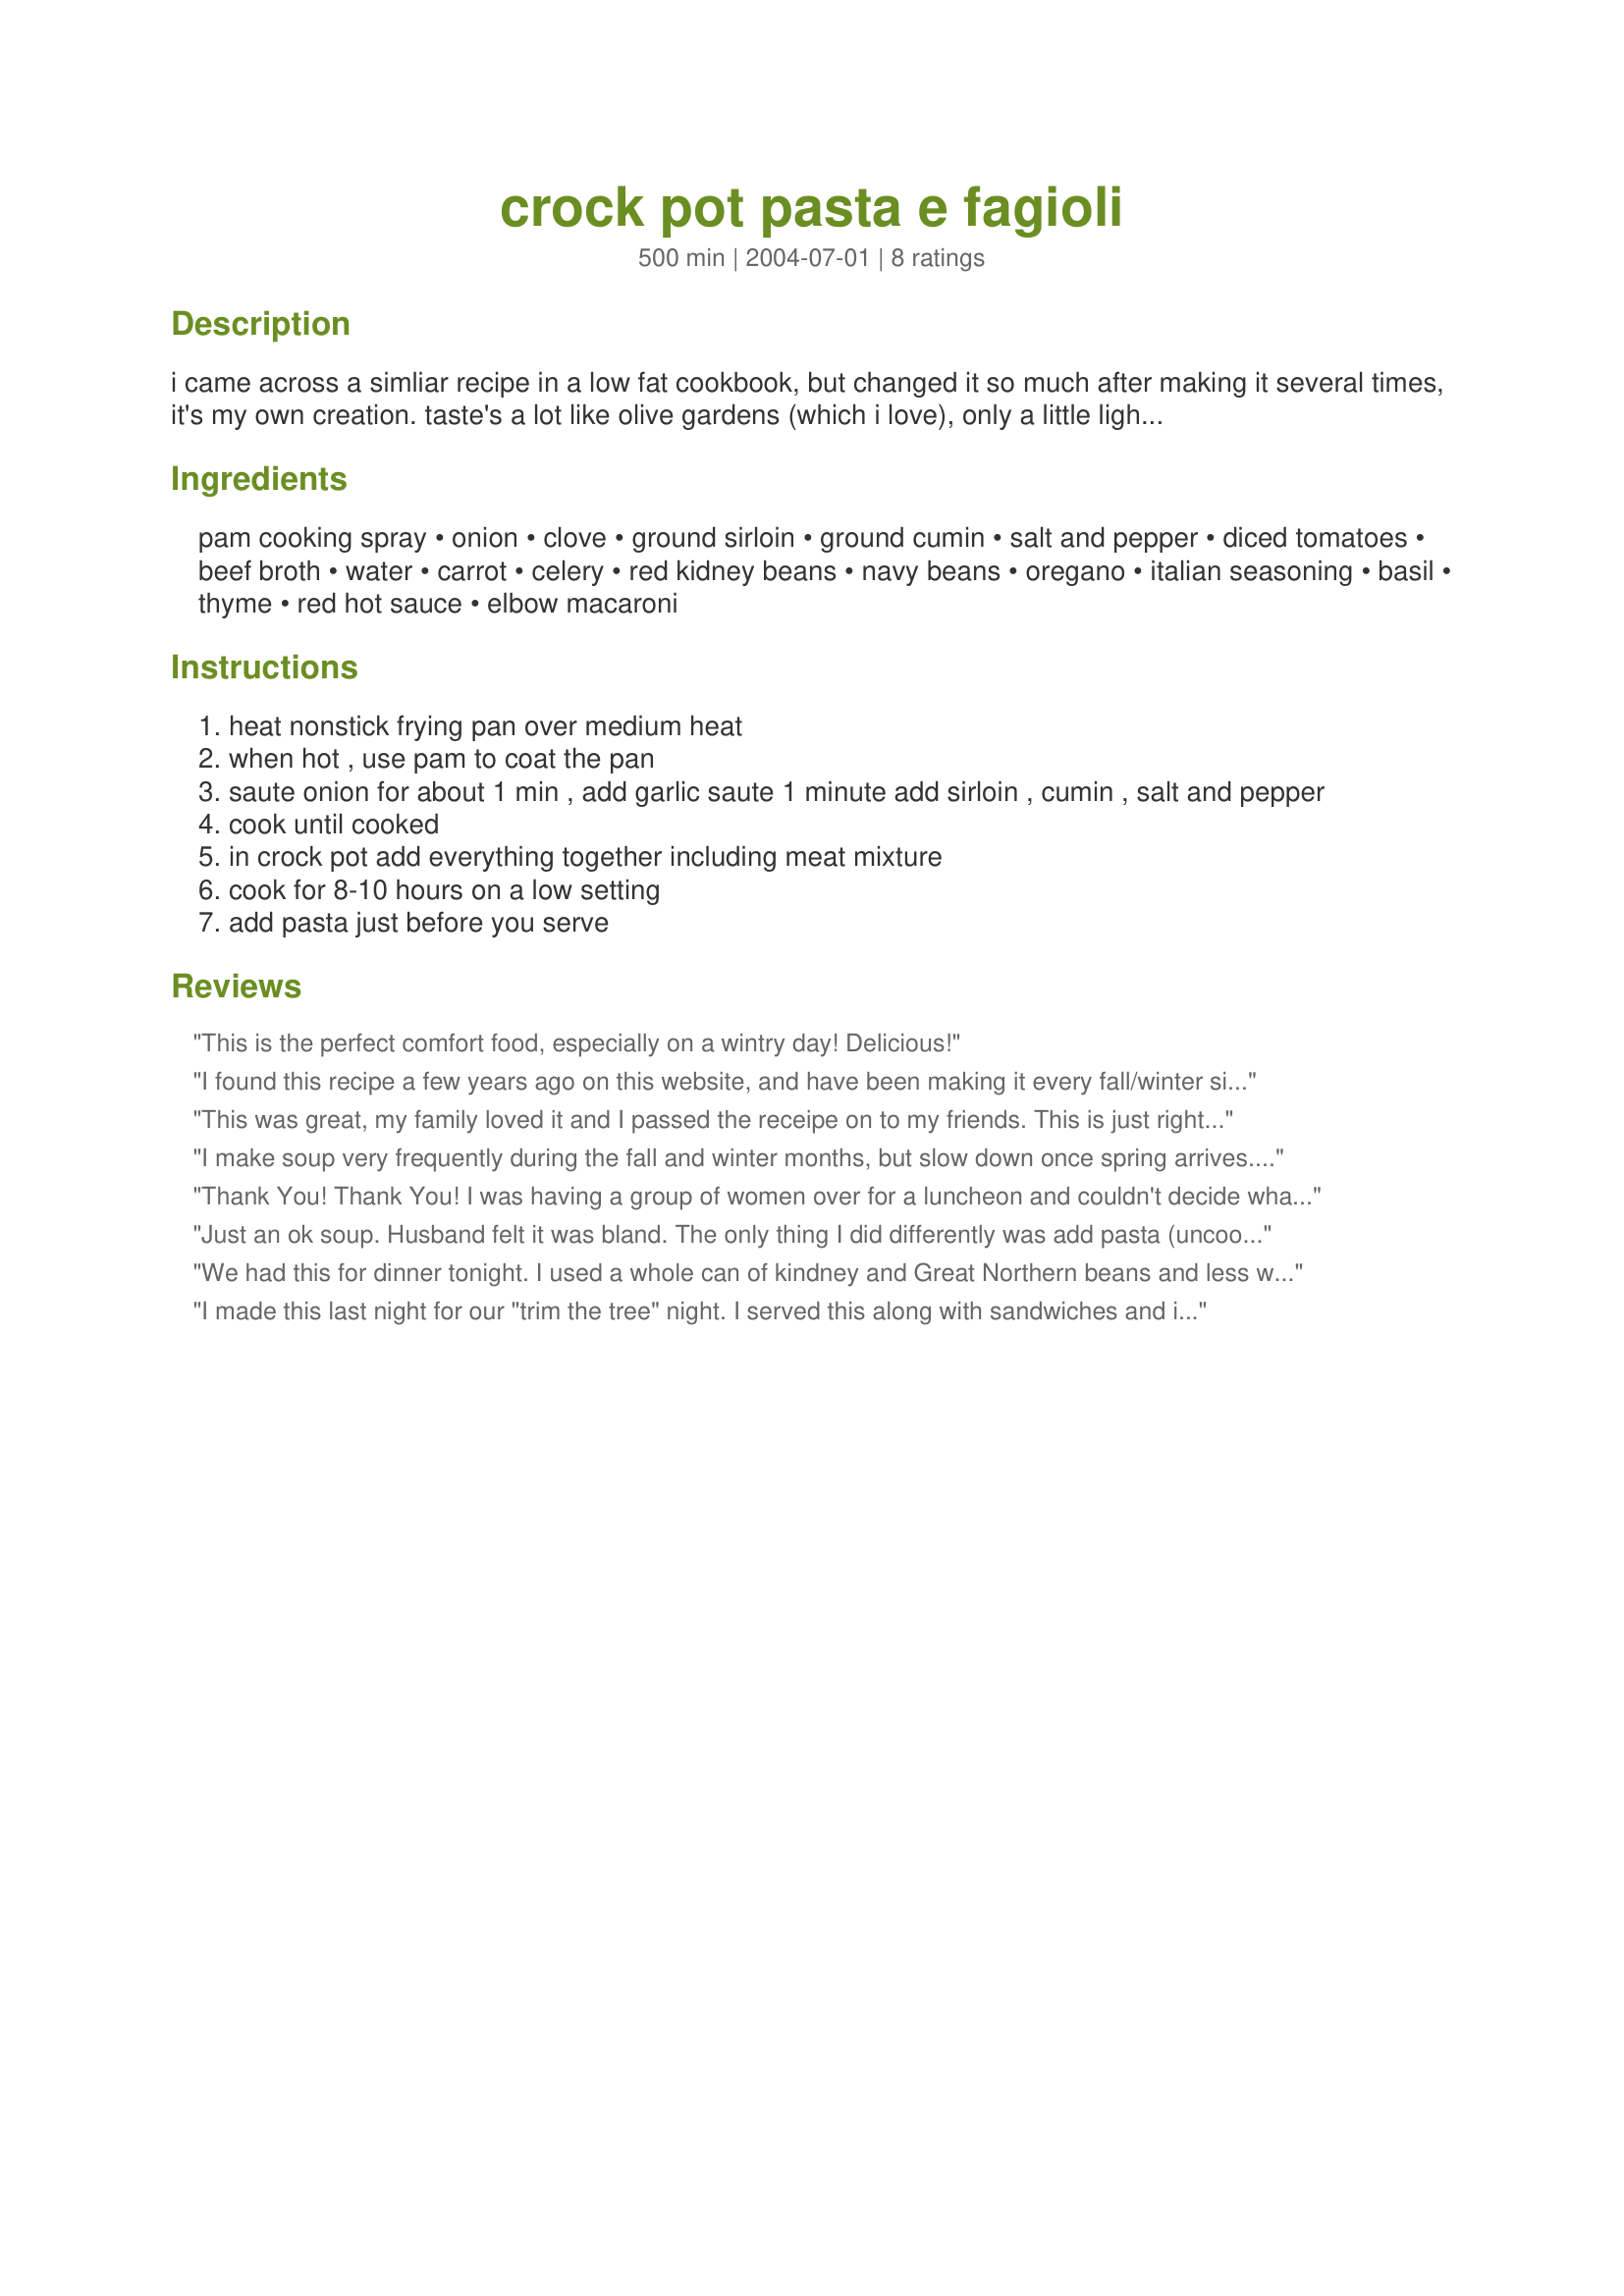
crock pot pasta e fagioli
Preparation time: 500 minutes

i came across a simliar recipe in a low fat cookbook, but changed it so much after making it several times, it's my own creation. taste's a lot like olive gardens (which i love), only a little lighter.

Ingredients:
pam cooking spray, onion, clove, ground sirloin, ground cumin, salt and pepper, diced tomatoes, beef broth, water, carrot, celery, red kidney beans, navy beans, oregano, italian seasoning, basil, thyme, red hot sauce, elbow macaroni

Steps:
heat nonstick frying pan over medium heat
when hot , use pam to coat the pan
saute onion for about 1 min , add garlic saute 1 minute add sirloin , cumin , salt and pepper
cook until cooked
in crock pot add everything together including meat mixture
cook for 8-10 hours on a low setting
add pasta just before you serve

Reviews:
This is the perfect comfort food, especially on a wintry day! Delicious!
I found this recipe a few years ago on this website, and have been making it every fall/winter since. It's yummy (better than Olive Garden's). It's easy to put together, and overall healthy.
My nieces & nephew love it too. My sister-in-law makes it regularly.

Great with some tortilla chips!!
This was great, my family loved it and I passed the receipe on to my friends. This is just right with a loaf of crusty bread. To reheat the leftovers I added a little more beef broth since some of the juice thickened cause of the noodles.
I make soup very frequently during the fall and winter months, but slow down once spring arrives. I was missing soup, though, and this one satisfied my craving simply and quite well on a rainy evening. I had 1/2 pound ground turkey left over from another recipe, so I subbed it for the ground sirloin; I also subbed all cannellini beans for the red kidneys and navy/great northerns. I used Barilla Plus elbows to add a little fiber. It was a very nice soup, one of my picks for the Pick A Chef game, and we thoroughly enjoyed it. Thanks for posting your recipe!
Thank You! Thank You! I was having a group of women over for a luncheon and couldn't decide what to make. I made my spinach salad and then served this soup with a Poppy Seed Bread recipe from Light and Tasty. I topped off the luncheon with orange sherbet. I got rave reviews. I will be making this again for my family. I added wheel shaped past a 1/2 hour before the sou was done. This recipe was easy to follow and taste great. Got it ready the night before and in the morninn just plugged it in.
Just an ok soup. Husband felt it was bland. The only thing I did differently was add pasta (uncooked) the last half hour.
We had this for dinner tonight. I used a whole can of kindney and Great Northern beans and less water because my crockpot was getting full. It turned out good. I liked that the fresh carrots and beans didn't get mushy and the spice was just right. I served it with corn muffins. Will make again.
I made this last night for our "trim the tree" night. I served this along with sandwiches and it was a hit. I knew we would like it so I doubled the recipe so I could freeze it (from another reviewer). The soup gets very flavorful from cooking all day. Great recipe, thank you for posting.
